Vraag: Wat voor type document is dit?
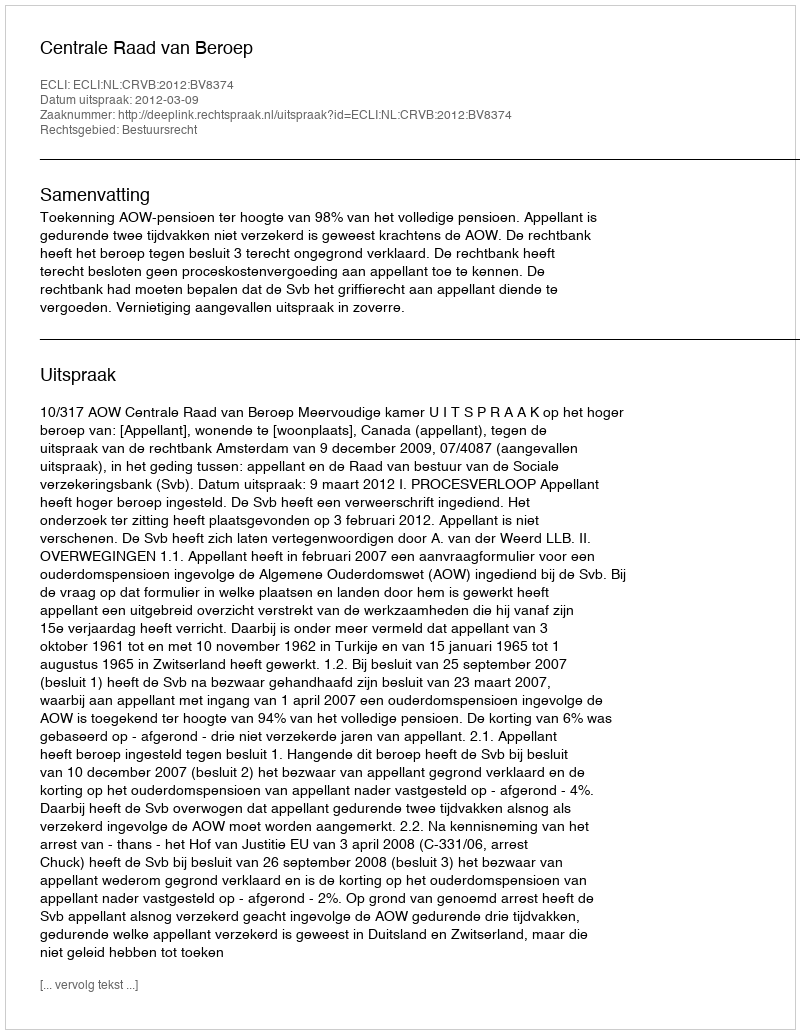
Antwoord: Uitspraak